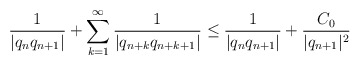
\begin{align*} \frac{1}{|q_n q_{n + 1} |} + \sum_{k = 1}^\infty \frac{1}{| q_{n + k} q_{n + k + 1} |} \leq \frac{1}{|q_n q_{n + 1} |} + \frac{C_0}{|q_{n + 1} |^2} \end{align*}